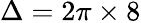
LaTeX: \Delta=2\pi\times 8